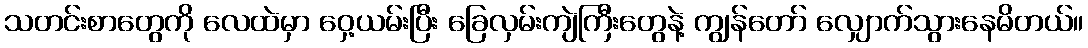
သတင်းစာတွေကို လေထဲမှာ ဝှေ့ယမ်းပြီး ခြေလှမ်းကျဲကြီးတွေနဲ့ ကျွန်တော် လျှောက်သွားနေမိတယ်။